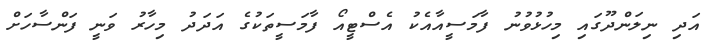
އަދި ނިލަންދޫގައި މިހުޅުވުނު ފާމަސީއާއެކު އެސްޓީއޯ ފާމަސީތަކުގެ އަދަދު މިހާރު ވަނީ ފަންސާހަށް